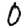
Digit: 0